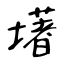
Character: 墸